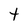
Character: t